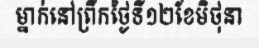
ម្នាក់នៅព្រឹកថ្ងៃទី១២ខែមិថុនា